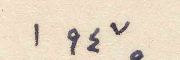
١٩٤٧